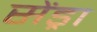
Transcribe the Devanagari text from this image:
सेंड्रा